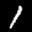
Label: 1